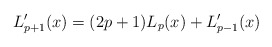
\begin{align*}L'_{p+1}(x)=(2p+1)L_p(x)+L'_{p-1}(x)\end{align*}